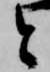
と